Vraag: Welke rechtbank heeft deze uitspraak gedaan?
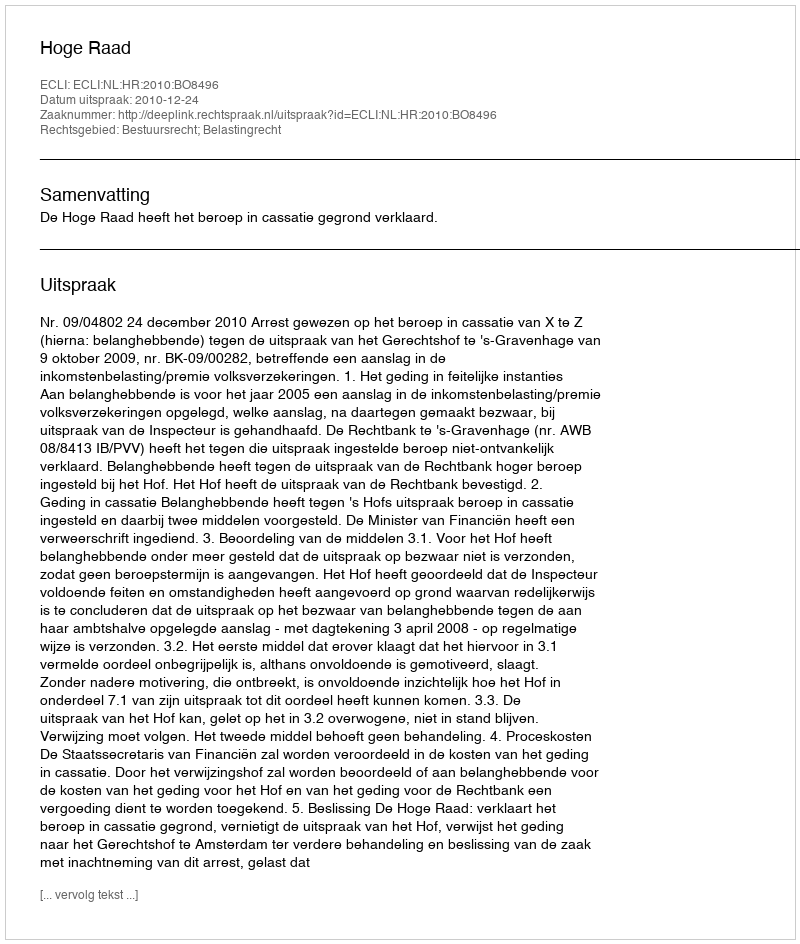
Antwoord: Hoge Raad